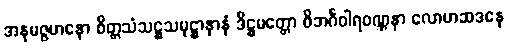
အနုမဇ္ဇမာနော စိတ္တသံသဋ္ဌသမုဋ္ဌာနာနံ ဒိဋ္ဌမတ္တော ဝိဘင်္ဂဝါရဝဏ္ဏနာ လောဟဆဒနေ